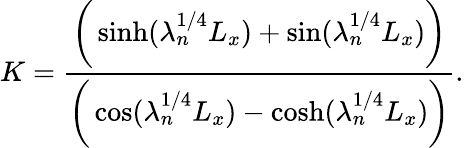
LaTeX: K=\frac{\bigg(\sinh(\lambda_{n}^{1/4}L_{x})+\sin(\lambda_{n}^{1/4}L_{x})\bigg)}{\bigg(\cos(\lambda_{n}^{1/4}L_{x})-\cosh(\lambda_{n}^{1/4}L_{x})\bigg)}.